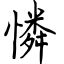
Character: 憐